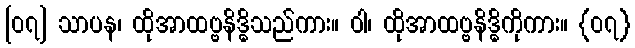
[၀၇] သာပန၊ ထိုအာထဗ္ဗနိဒ္ဓိသည်ကား။ ဝါ၊ ထိုအာထဗ္ဗနိဒ္ဓိကိုကား။ {၀၇}